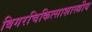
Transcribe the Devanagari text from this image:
बिगरचिकित्साशास्त्रीय